Burma Government Medical School reports 1923-41
Year: 1923
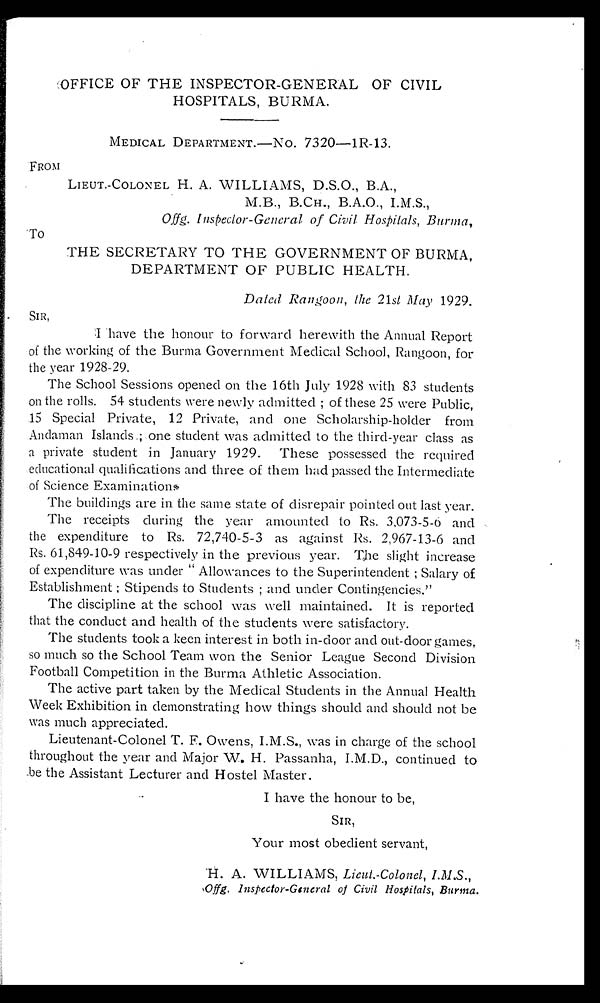
FROM
TO
OFFICE OF THE INSPECTOR-GENERAL OF CIVIL
HOSPITALS, BURMA.
MEDICAL DEPARTMENT.—NO. 7320—1R-13.
LIEUT.-COLONEL H. A. WILLIAMS, D.S.O., B.A.,
M.B., B.CH., B.A.O., I.M.S.,
Offg. Inspector-General of Civil Hospitals, Burma,
THE SECRETARY TO THE GOVERNMENT OF BURMA,
DEPARTMENT OF PUBLIC HEALTH.
Dated Rangoon, the 21st May 1929.
SIR,
I have the honour to forward herewith the Annual Report
of the working of the Burma Government Medical School, Rangoon, for
the year 1928-29.
The School Sessions opened on the 16th July 1928 with 83 students
on the rolls. 54 students were newly admitted; of these 25 were Public,
15 Special Private, 12 Private, and one Scholarship-holder from
Andaman Islands; one student was admitted to the third-year class as
a private student in January 1929. These possessed the required
educational qualifications and three of them had passed the Intermediate
of Science Examination.
The buildings are in the same state of disrepair pointed out last year.
The receipts during the year amounted to Rs. 3,073-5-6 and
the expenditure to Rs. 72,740-5-3 as against Rs. 2,967-13-6 and
Rs. 61,849-10-9 respectively in the previous year. The slight increase
of expenditure was under "Allowances to the Superintendent; Salary of
Establishment; Stipends to Students; and under Contingencies."
The discipline at the school was well maintained. It is reported
that the conduct and health of the students were satisfactory.
The students took a keen interest in both in-door and out-door games,
so much so the School Team won the Senior League Second Division
Football Competition in the Burma Athletic Association.
The active part taken by the Medical Students in the Annual Health
Week Exhibition in demonstrating how things should and should not be
was much appreciated.
Lieutenant-Colonel T. F. Owens, I.M.S., was in charge of the school
throughout the year and Major W. H. Passanha, I.M.D., continued to
be the Assistant Lecturer and Hostel Master.
I have the honour to be,
SIR,
Your most obedient servant,
H. A. WILLIAMS, Lieut.-Colonel, I.M.S.,
Offg. Inspector-General of Civil Hospitals, Burma.